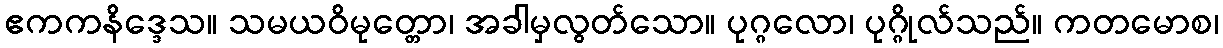
ဧကကနိဒ္ဒေသ။ သမယဝိမုတ္တော၊ အခါမှလွတ်သော။ ပုဂ္ဂလော၊ ပုဂ္ဂိုလ်သည်။ ကတမောစ၊